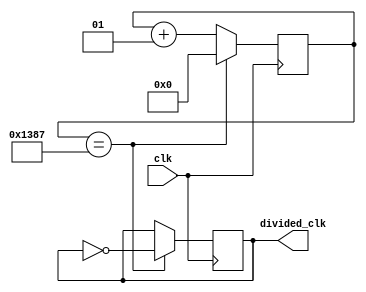
`timescale 1ns / 1ps
//////////////////////////////////////////////////////////////////////////////////
// Company: 
// Engineer: 
// 
// Design Name: 
// Module Name: clock_divider_design
// Project Name: 
// Target Devices: 
// Tool Versions: 
// Description: 
// 
// Dependencies: 
// 
// Revision:
// Revision 0.01 - File Created
// Additional Comments:
// 
//////////////////////////////////////////////////////////////////////////////////


module clock_divider_design(
input wire clk,
output reg divided_clk
    );
localparam div_value = 4999;

integer counter_value = 0;

always@ (posedge clk)
begin 
    if (counter_value == div_value)
        counter_value <=0;
    else 
        counter_value <= counter_value +1;
end

always@ (posedge clk)
begin
    if (counter_value == div_value)
        divided_clk <= ~divided_clk;
    else
        divided_clk <= divided_clk;
end
endmodule